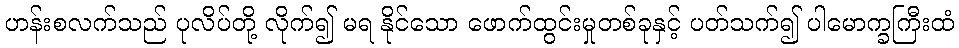
ဟန်းစလက်သည် ပုလိပ်တို့ လိုက်၍ မရ နိုင်သော ဖောက်ထွင်းမှုတစ်ခုနှင့် ပတ်သက်၍ ပါမောက္ခကြီးထံ